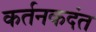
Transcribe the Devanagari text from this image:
कर्तनकदंत